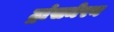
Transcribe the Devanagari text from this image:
ट्रांसमेरन